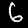
Digit: 6